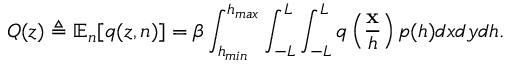
Q ( z ) \triangleq \mathbb { E } _ { n } [ q ( z , n ) ] = \beta \int _ { h _ { m i n } } ^ { h _ { m a x } } \int _ { - L } ^ { L } \int _ { - L } ^ { L } q \left( \frac { \mathbf { x } } { h } \right) p ( h ) d x d y d h .